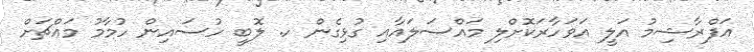
އަފްރާޝިމު އަލީ އަވަހާރަކޮށްލި މައްސަލައާއި ގުޅިގެން ހ. ލޮބީ ހުސައިން ހުމާމު މައްޗަށް